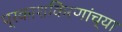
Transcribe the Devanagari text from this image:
प्रकाशकिरणांच्या